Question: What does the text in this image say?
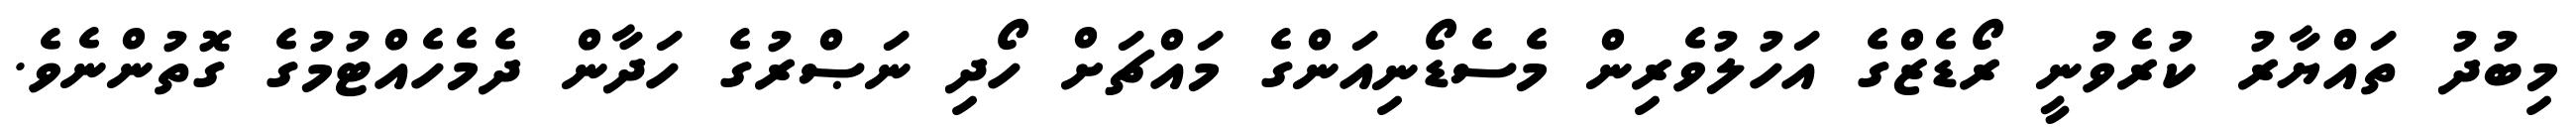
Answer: މިބުދު ތައްޔާރު ކުރެވުނީ ރޯޑެޒްގެ އަހުލުވެރިން މެސެޑޯނިއަންގެ މައްޗަށް ހޯދި ނަޞްރުގެ ހަދާން ދެމެހެއްޓުމުގެ ގޮތުންނެވެ.